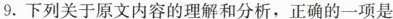
9.下列关于原文内容的理解和分析，正确的一项是